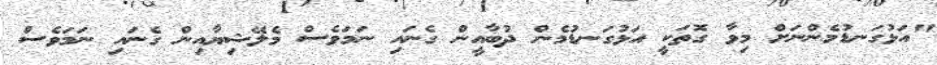
"އަޅުގަނޑުމެންނަށް މިވާ ގޮތަކީ އަޅުގަނޑުމެން ދުބާއީން ގެނައި ނަމަވެސް މެލޭޝިޔާއިން ގެނައި ނަމަވެސް